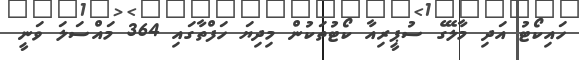
ހައިކޯޓު އަދި މާލޭގެ ސުޕީރިއާ ކޯޓުތަކުން މިދިޔަ ހަފްތާގައި 364 މައްސަލަ ވަނީ